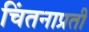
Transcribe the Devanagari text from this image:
चिंतनाप्रती